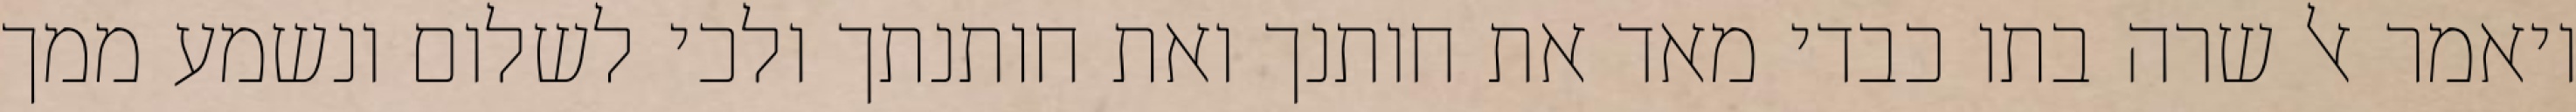
ויאמר אל שרה בתו כבדי מאד את חותנך ואת חותנתך ולכי לשלום ונשמע ממך